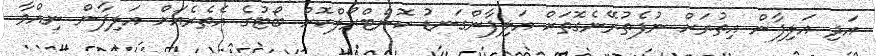
އަދި އަލިފާން އިތުރަށް ނުފެތުރޭނެގޮތަށް އަލިފާންގަނޑު ކޮންޓްރޯލްކޮށް ބޯޓުގެ އެތެރެއަށް އަލިފާން ނިއްވާ